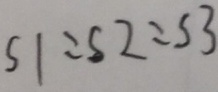
S 1 : S 2 : S 3